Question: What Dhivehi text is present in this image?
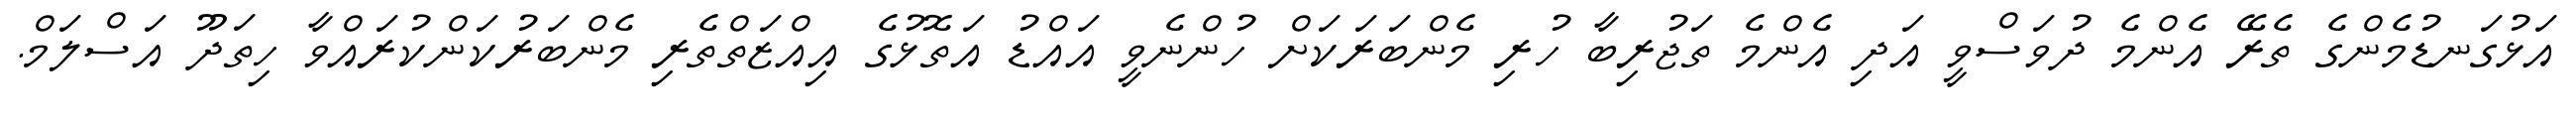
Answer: އަޅުގަނޑުމެންގެ ތެރޭ އެންމެ ދުވަސްވީ އަދި އެންމެ ތަޖުރިބާ ހުރި މެންބަރަކަށް ހުންނެވީ އައްޑު އަތޮޅުގެ އިއްޒަތްތެރި މެންބަރުކަންކުރައްވާ ހިތަދޫ އަސްލަމް.